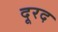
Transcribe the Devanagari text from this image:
दूरद